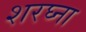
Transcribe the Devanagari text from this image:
शरघ्ना